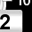
Digit: 2